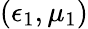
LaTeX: (\epsilon_{1},\mu_{1})